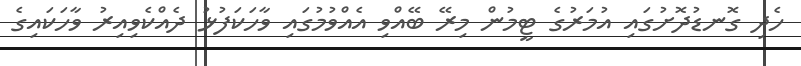
ހެދި ގޮނޑުދޮށުގައި އުމަރުގެ ޓީމުން މިރޭ ބޭއްވި އެއްވުމުގައި ވާހަކަފުޅު ދެއްކެވިއިރު ވާހަކައިގެ